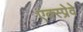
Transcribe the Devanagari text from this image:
एक्स्प्रेवे